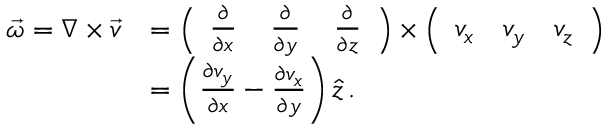
{ \begin{array} { r l } { { \vec { \omega } } = \nabla \times { \vec { v } } } & { = { \left( \begin{array} { l l l } { { \frac { \partial } { \partial x } } } & { \, { \frac { \partial } { \partial y } } } & { \, { \frac { \partial } { \partial z } } } \end{array} \right) } \times { \left( \begin{array} { l l l } { v _ { x } } & { v _ { y } } & { v _ { z } } \end{array} \right) } } \\ & { = \left( { \frac { \partial v _ { y } } { \partial x } } - { \frac { \partial v _ { x } } { \partial y } } \right) { \hat { z } } \, . } \end{array} }